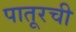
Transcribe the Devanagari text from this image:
पातूरची